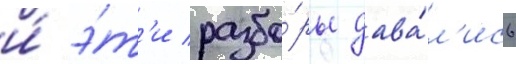
и́ э́т'и разбо́ры дава́л'ись